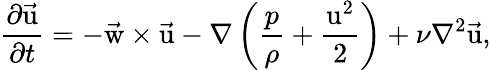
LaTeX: {\frac{\partial\vec{\mathrm{u}}}{\partial t}}=-\vec{\mathrm{w}}\times\vec{\mathrm{u}}-\nabla\left({\frac{p}{\rho}}+{\frac{\mathrm{u}^{2}}{2}}\right)+\nu\nabla^{2}\vec{\mathrm{u}},